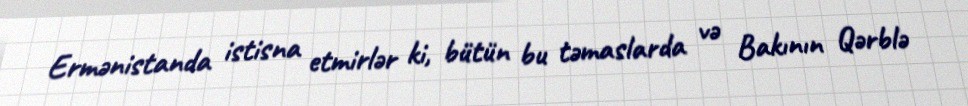
Ermənistanda istisna etmirlər ki, bütün bu təmaslarda və Bakının Qərblə